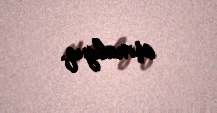
aşmalıyıq.